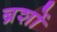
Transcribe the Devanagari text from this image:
ब्रशों